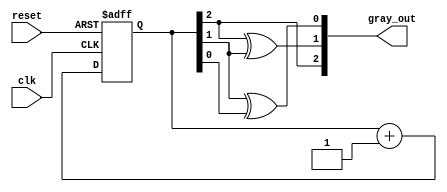
module gray_code_counter (
    input wire clk,           // Clock signal
    input wire reset,         // Asynchronous reset signal
    output reg [2:0] gray_out // 3-bit Gray code output
);

    reg [2:0] binary_count;   // Internal binary counter

    // Asynchronous reset and binary counter incrementing on clock edge
    always @(posedge clk or posedge reset) begin
        if (reset) begin
            binary_count <= 3'b000;    // Reset the counter to 0
        end else begin
            binary_count <= binary_count + 1; // Increment the binary counter
        end
    end

    // Convert binary count to Gray code
    always @(binary_count) begin
        gray_out[2] = binary_count[2]; // MSB stays the same
        gray_out[1] = binary_count[2] ^ binary_count[1]; // XOR of MSB and second MSB
        gray_out[0] = binary_count[1] ^ binary_count[0]; // XOR of second MSB and LSB
    end

endmodule